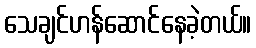
သေချင်ဟန်ဆောင်နေခဲ့တယ်။